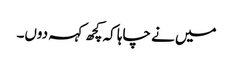
میں نے چاہا کہ کچھ کہہ دوں۔